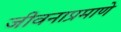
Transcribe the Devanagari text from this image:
जीवनाप्रमाणे